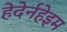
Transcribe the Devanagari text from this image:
हेदेर्नहेइम